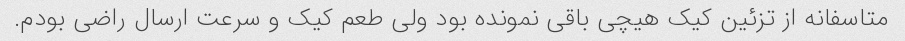
متاسفانه از تزئین کیک هیچی باقی نمونده بود ولی طعم کیک و سرعت ارسال راضی بودم.